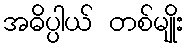
အဓိပ္ပါယ် တစ်မျိုး